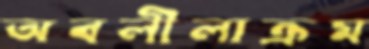
অবলীলাক্রম